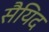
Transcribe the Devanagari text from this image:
सैयिद